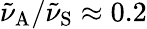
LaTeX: \tilde{\nu}_{\mathrm{A}}/\tilde{\nu}_{\mathrm{S}}\approx 0.2